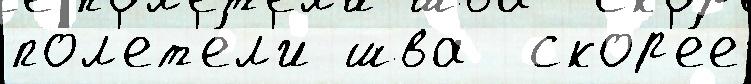
пол'ет'е́л'и шва  скор'е́е